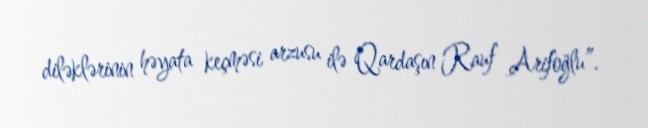
diləklərinin həyata keçməsi arzusu ilə Qardaşın Rauf Arifoğlu”.